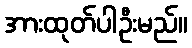
အားထုတ်ပါဦးမည်။